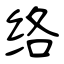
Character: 络